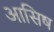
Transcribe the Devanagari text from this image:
आसिष